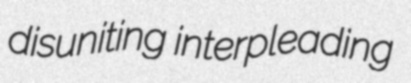
disuniting interpleading